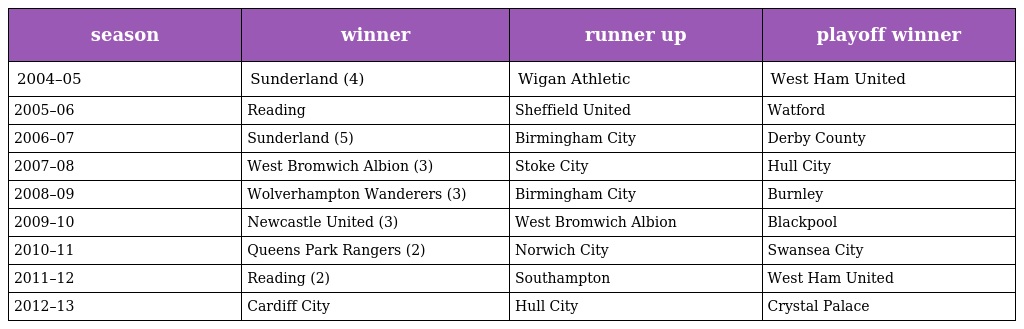
| season | winner | runner up | playoff winner |
 | --- | --- | --- | --- |
 | 2004–05 | Sunderland (4) | Wigan Athletic | West Ham United |
 | 2005–06 | Reading | Sheffield United | Watford |
 | 2006–07 | Sunderland (5) | Birmingham City | Derby County |
 | 2007–08 | West Bromwich Albion (3) | Stoke City | Hull City |
 | 2008–09 | Wolverhampton Wanderers (3) | Birmingham City | Burnley |
 | 2009–10 | Newcastle United (3) | West Bromwich Albion | Blackpool |
 | 2010–11 | Queens Park Rangers (2) | Norwich City | Swansea City |
 | 2011–12 | Reading (2) | Southampton | West Ham United |
 | 2012–13 | Cardiff City | Hull City | Crystal Palace |